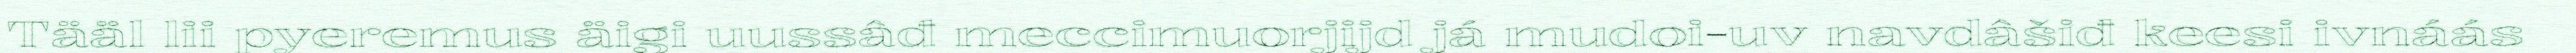
Tääl lii pyeremus äigi uussâđ meccimuorjijd já mudoi-uv navdâšiđ keesi ivnáás